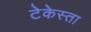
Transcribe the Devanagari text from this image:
टेकेस्ता